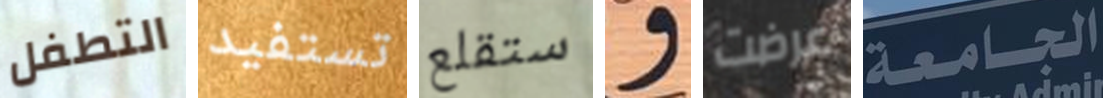
التطفل تستفيد ستقلع و عرضت الجامعة